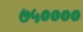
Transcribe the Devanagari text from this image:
७५००००